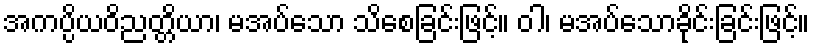
အကပ္ပိယဝိညတ္တိယာ၊ မအပ်သော သိစေခြင်းဖြင့်။ ဝါ၊ မအပ်သောခိုင်းခြင်းဖြင့်။